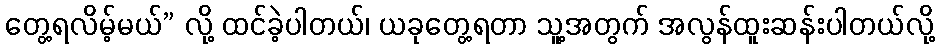
တွေ့ရလိမ့်မယ်” လို့ ထင်ခဲ့ပါတယ်၊ ယခုတွေ့ရတာ သူ့အတွက် အလွန်ထူးဆန်းပါတယ်လို့